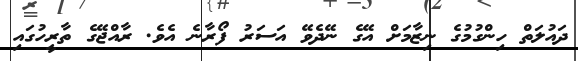
ދައުލަތް ހިންގުމުގެ ނިޒާމަށް އޭގެ ނޭދެވޭ އަސަރު ފޯރާނެ އެވެ. ރާއްޖޭގެ ތާރީހުގައި